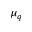
\mu _ { q }